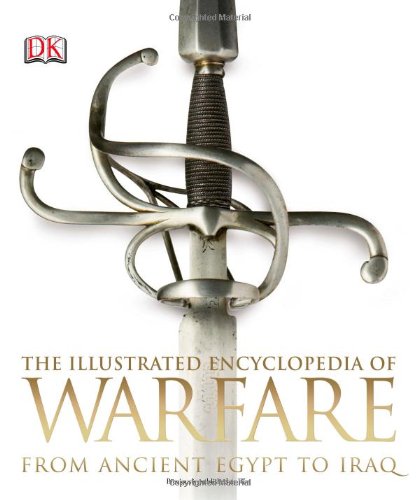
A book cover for The Illustrated Encyclopedia of Warfare; DK Publishing; Arts & Photography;